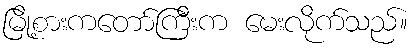
မြို့စားကတော်ကြီးက မေးလိုက်သည်။